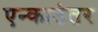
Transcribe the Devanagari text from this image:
एन्काउंतर